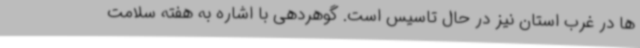
ها در غرب استان نیز در حال تاسیس است. گوهردهی با اشاره به هفته سلامت